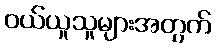
ဝယ်ယူသူများအတွက်